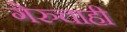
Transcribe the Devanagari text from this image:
गेरुचाही